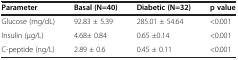
<table><thead><tr><td><b>Parameter</b></td><td><b>Basal (N=40)</b></td><td><b>Diabetic (N=32)</b></td><td><b>p value</b></td></tr></thead><tbody><tr><td>Glucose (mg/dL)</td><td>92.83 ± 5.39</td><td>285.01 ± 54.64</td><td>&lt;0.001</td></tr><tr><td>Insulin (μg/L)</td><td>4.68± 0.84</td><td>0.65 ±0.14</td><td>&lt;0.001</td></tr><tr><td>C-peptide (ng/L)</td><td>2.89 ± 0.6</td><td>0.45 ± 0.11</td><td>&lt;0.001</td></tr></tbody></table>